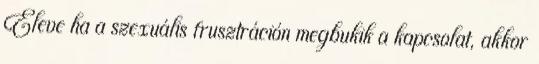
Eleve ha a szexuális frusztráción megbukik a kapcsolat, akkor